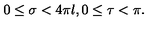
0 \leq \sigma < 4 \pi l , 0 \leq \tau < \pi .